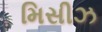
મિસીઝ